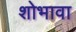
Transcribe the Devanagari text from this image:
शोभावा